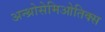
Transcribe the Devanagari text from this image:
अन्थ्रोसेमिओतिक्स